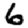
Digit: 6